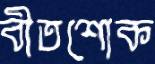
বীতশোক